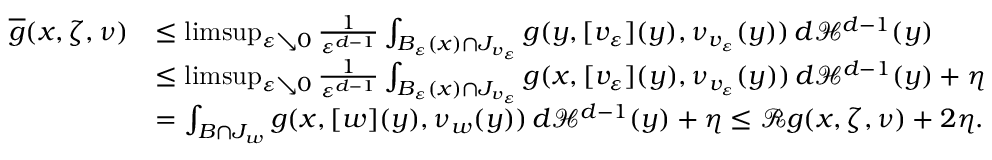
\begin{array} { r l } { \overline { { g } } ( x , \zeta , \nu ) } & { \leq \operatorname* { l i m s u p } _ { \varepsilon \searrow 0 } \frac { 1 } { \varepsilon ^ { d - 1 } } \int _ { B _ { \varepsilon } ( x ) \cap J _ { v _ { \varepsilon } } } g ( y , [ v _ { \varepsilon } ] ( y ) , \nu _ { v _ { \varepsilon } } ( y ) ) \, d \mathcal { H } ^ { d - 1 } ( y ) } \\ & { \leq \operatorname* { l i m s u p } _ { \varepsilon \searrow 0 } \frac { 1 } { \varepsilon ^ { d - 1 } } \int _ { B _ { \varepsilon } ( x ) \cap J _ { v _ { \varepsilon } } } g ( x , [ v _ { \varepsilon } ] ( y ) , \nu _ { v _ { \varepsilon } } ( y ) ) \, d \mathcal { H } ^ { d - 1 } ( y ) + \eta } \\ & { = \int _ { B \cap J _ { w } } g ( x , [ w ] ( y ) , \nu _ { w } ( y ) ) \, d \mathcal { H } ^ { d - 1 } ( y ) + \eta \leq \mathcal { R } g ( x , \zeta , \nu ) + 2 \eta . } \end{array}